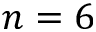
n = 6